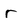
Character: r